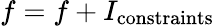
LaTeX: f=f+I_{\mathrm{constraints}}